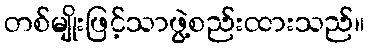
တစ်မျိုးဖြင့်သာဖွဲ့စည်းထားသည်။